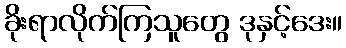
ခိုးရာလိုက်ကြသူတွေ ဒုနှင့်ဒေး။